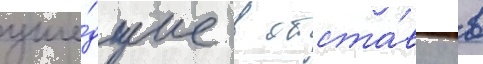
уше́дшие в отста́вку в